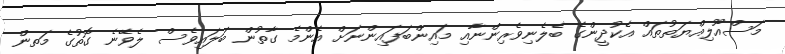
މަސްއޫލިއްޔަތުތައް އެކުދީންގެ ބެލެނިވެރިންނާއި މައިންބަފައިންނަށް އެންމެ ގާތުން ބަލައިވެސް ލެވޭނެ ގޮތުގެ މަތން